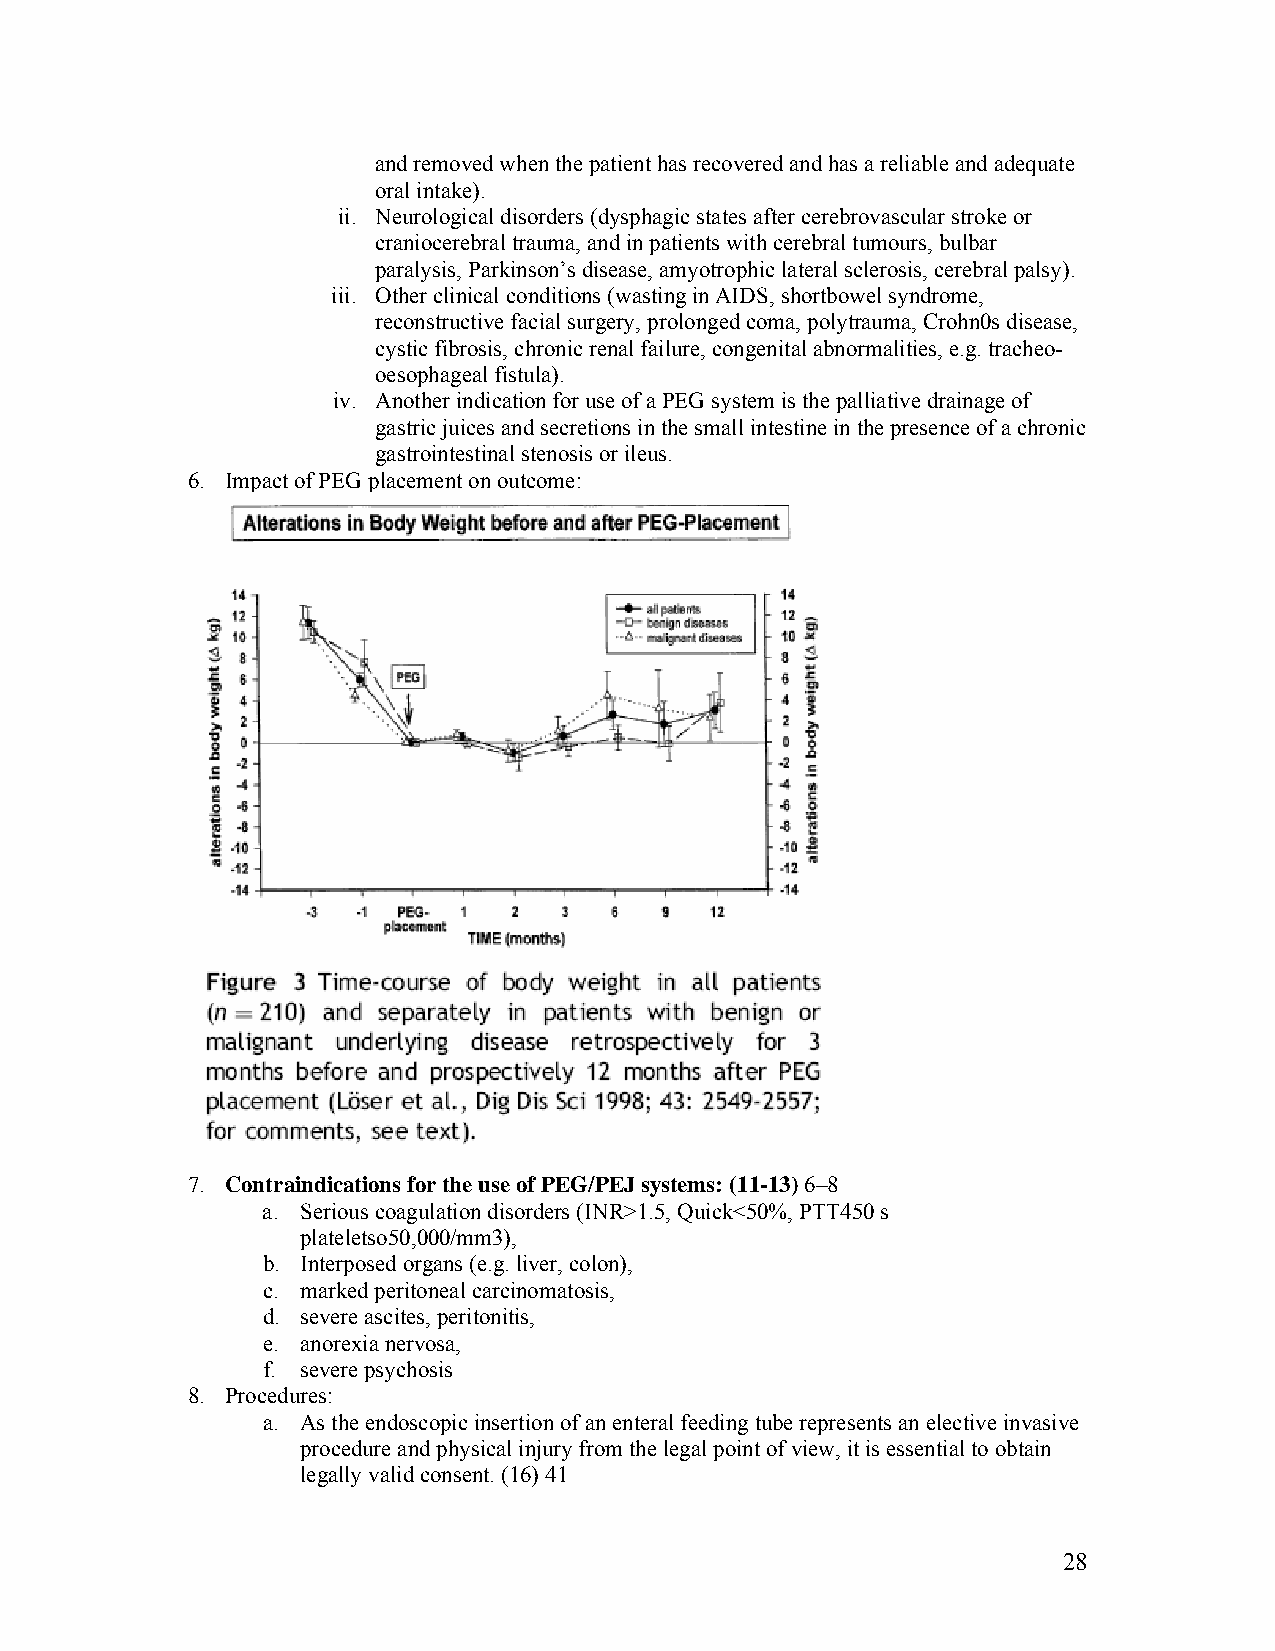
and removed when the patient has recovered and has a reliable and adequate
 oral intake).
 ii. Neurological disorders (dysphagic states after cerebrovascular stroke or
 craniocerebral trauma, and in patients with cerebral tumours, bulbar
 paralysis, Parkinson’s disease, amyotrophic lateral sclerosis, cerebral palsy).
 iii. Other clinical conditions (wasting in AIDS, shortbowel syndrome,
 reconstructive facial surgery, prolonged coma, polytrauma, Crohn0s disease,
 cystic fibrosis, chronic renal failure, congenital abnormalities, e.g. tracheo-
 oesophageal fistula).
 iv. Another indication for use of a PEG system is the palliative drainage of
 gastric juices and secretions in the small intestine in the presence of a chronic
 gastrointestinal stenosis or ileus.
 6. Impact of PEG placement on outcome:
 7. Contraindications for the use of PEG/PEJ systems: (11-13) 6–8
 a. Serious coagulation disorders (INR>1.5, Quick<50%, PTT450 s
 plateletso50,000/mm3),
 b. Interposed organs (e.g. liver, colon),
 c. marked peritoneal carcinomatosis,
 d. severe ascites, peritonitis,
 e. anorexia nervosa,
 f. severe psychosis
 8. Procedures:
 a. As the endoscopic insertion of an enteral feeding tube represents an elective invasive
 procedure and physical injury from the legal point of view, it is essential to obtain
 legally valid consent. (16) 41
 28